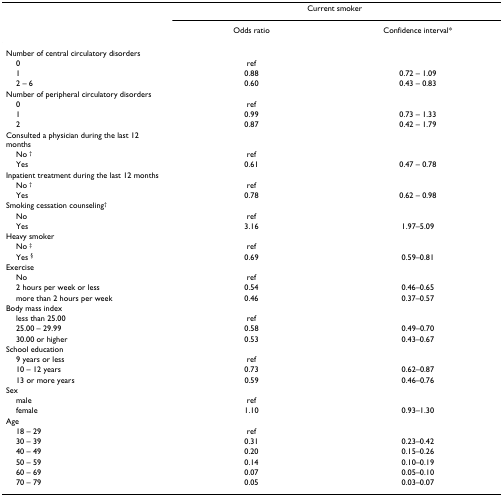
<table><thead><tr><td></td><td colspan="2"><b>Current smoker</b></td></tr><tr><td></td><td><b>Odds ratio</b></td><td><b>Confidence interval*</b></td></tr></thead><tbody><tr><td>Number of central circulatory disorders</td><td></td><td></td></tr><tr><td> 0</td><td>ref</td><td></td></tr><tr><td> 1</td><td>0.88</td><td>0.72 – 1.09</td></tr><tr><td> 2 – 6</td><td>0.60</td><td>0.43 – 0.83</td></tr><tr><td>Number of peripheral circulatory disorders</td><td></td><td></td></tr><tr><td> 0</td><td>ref</td><td></td></tr><tr><td> 1</td><td>0.99</td><td>0.73 – 1.33</td></tr><tr><td> 2</td><td>0.87</td><td>0.42 – 1.79</td></tr><tr><td>Consulted a physician during the last 12 months</td><td></td><td></td></tr><tr><td> No <sup>†</sup></td><td>ref</td><td></td></tr><tr><td> Yes</td><td>0.61</td><td>0.47 – 0.78</td></tr><tr><td>Inpatient treatment during the last 12 months</td><td></td><td></td></tr><tr><td> No <sup>†</sup></td><td>ref</td><td></td></tr><tr><td> Yes</td><td>0.78</td><td>0.62 – 0.98</td></tr><tr><td>Smoking cessation counseling<sup>†</sup></td><td></td><td></td></tr><tr><td> No</td><td>ref</td><td></td></tr><tr><td> Yes</td><td>3.16</td><td>1.97–5.09</td></tr><tr><td>Heavy smoker</td><td></td><td></td></tr><tr><td> No <sup>‡</sup></td><td>ref</td><td></td></tr><tr><td> Yes <sup>§</sup></td><td>0.69</td><td>0.59–0.81</td></tr><tr><td>Exercise</td><td></td><td></td></tr><tr><td> No</td><td>ref</td><td></td></tr><tr><td> 2 hours per week or less</td><td>0.54</td><td>0.46–0.65</td></tr><tr><td> more than 2 hours per week</td><td>0.46</td><td>0.37–0.57</td></tr><tr><td>Body mass index</td><td></td><td></td></tr><tr><td> less than 25.00</td><td>ref</td><td></td></tr><tr><td> 25.00 – 29.99</td><td>0.58</td><td>0.49–0.70</td></tr><tr><td> 30.00 or higher</td><td>0.53</td><td>0.43–0.67</td></tr><tr><td>School education</td><td></td><td></td></tr><tr><td> 9 years or less</td><td>ref</td><td></td></tr><tr><td> 10 – 12 years</td><td>0.73</td><td>0.62–0.87</td></tr><tr><td> 13 or more years</td><td>0.59</td><td>0.46–0.76</td></tr><tr><td>Sex</td><td></td><td></td></tr><tr><td> male</td><td>ref</td><td></td></tr><tr><td> female</td><td>1.10</td><td>0.93–1.30</td></tr><tr><td>Age</td><td></td><td></td></tr><tr><td> 18 – 29</td><td>ref</td><td></td></tr><tr><td> 30 – 39</td><td>0.31</td><td>0.23–0.42</td></tr><tr><td> 40 – 49</td><td>0.20</td><td>0.15–0.26</td></tr><tr><td> 50 – 59</td><td>0.14</td><td>0.10–0.19</td></tr><tr><td> 60 – 69</td><td>0.07</td><td>0.05–0.10</td></tr><tr><td> 70 – 79</td><td>0.05</td><td>0.03–0.07</td></tr></tbody></table>